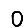
Digit: 0